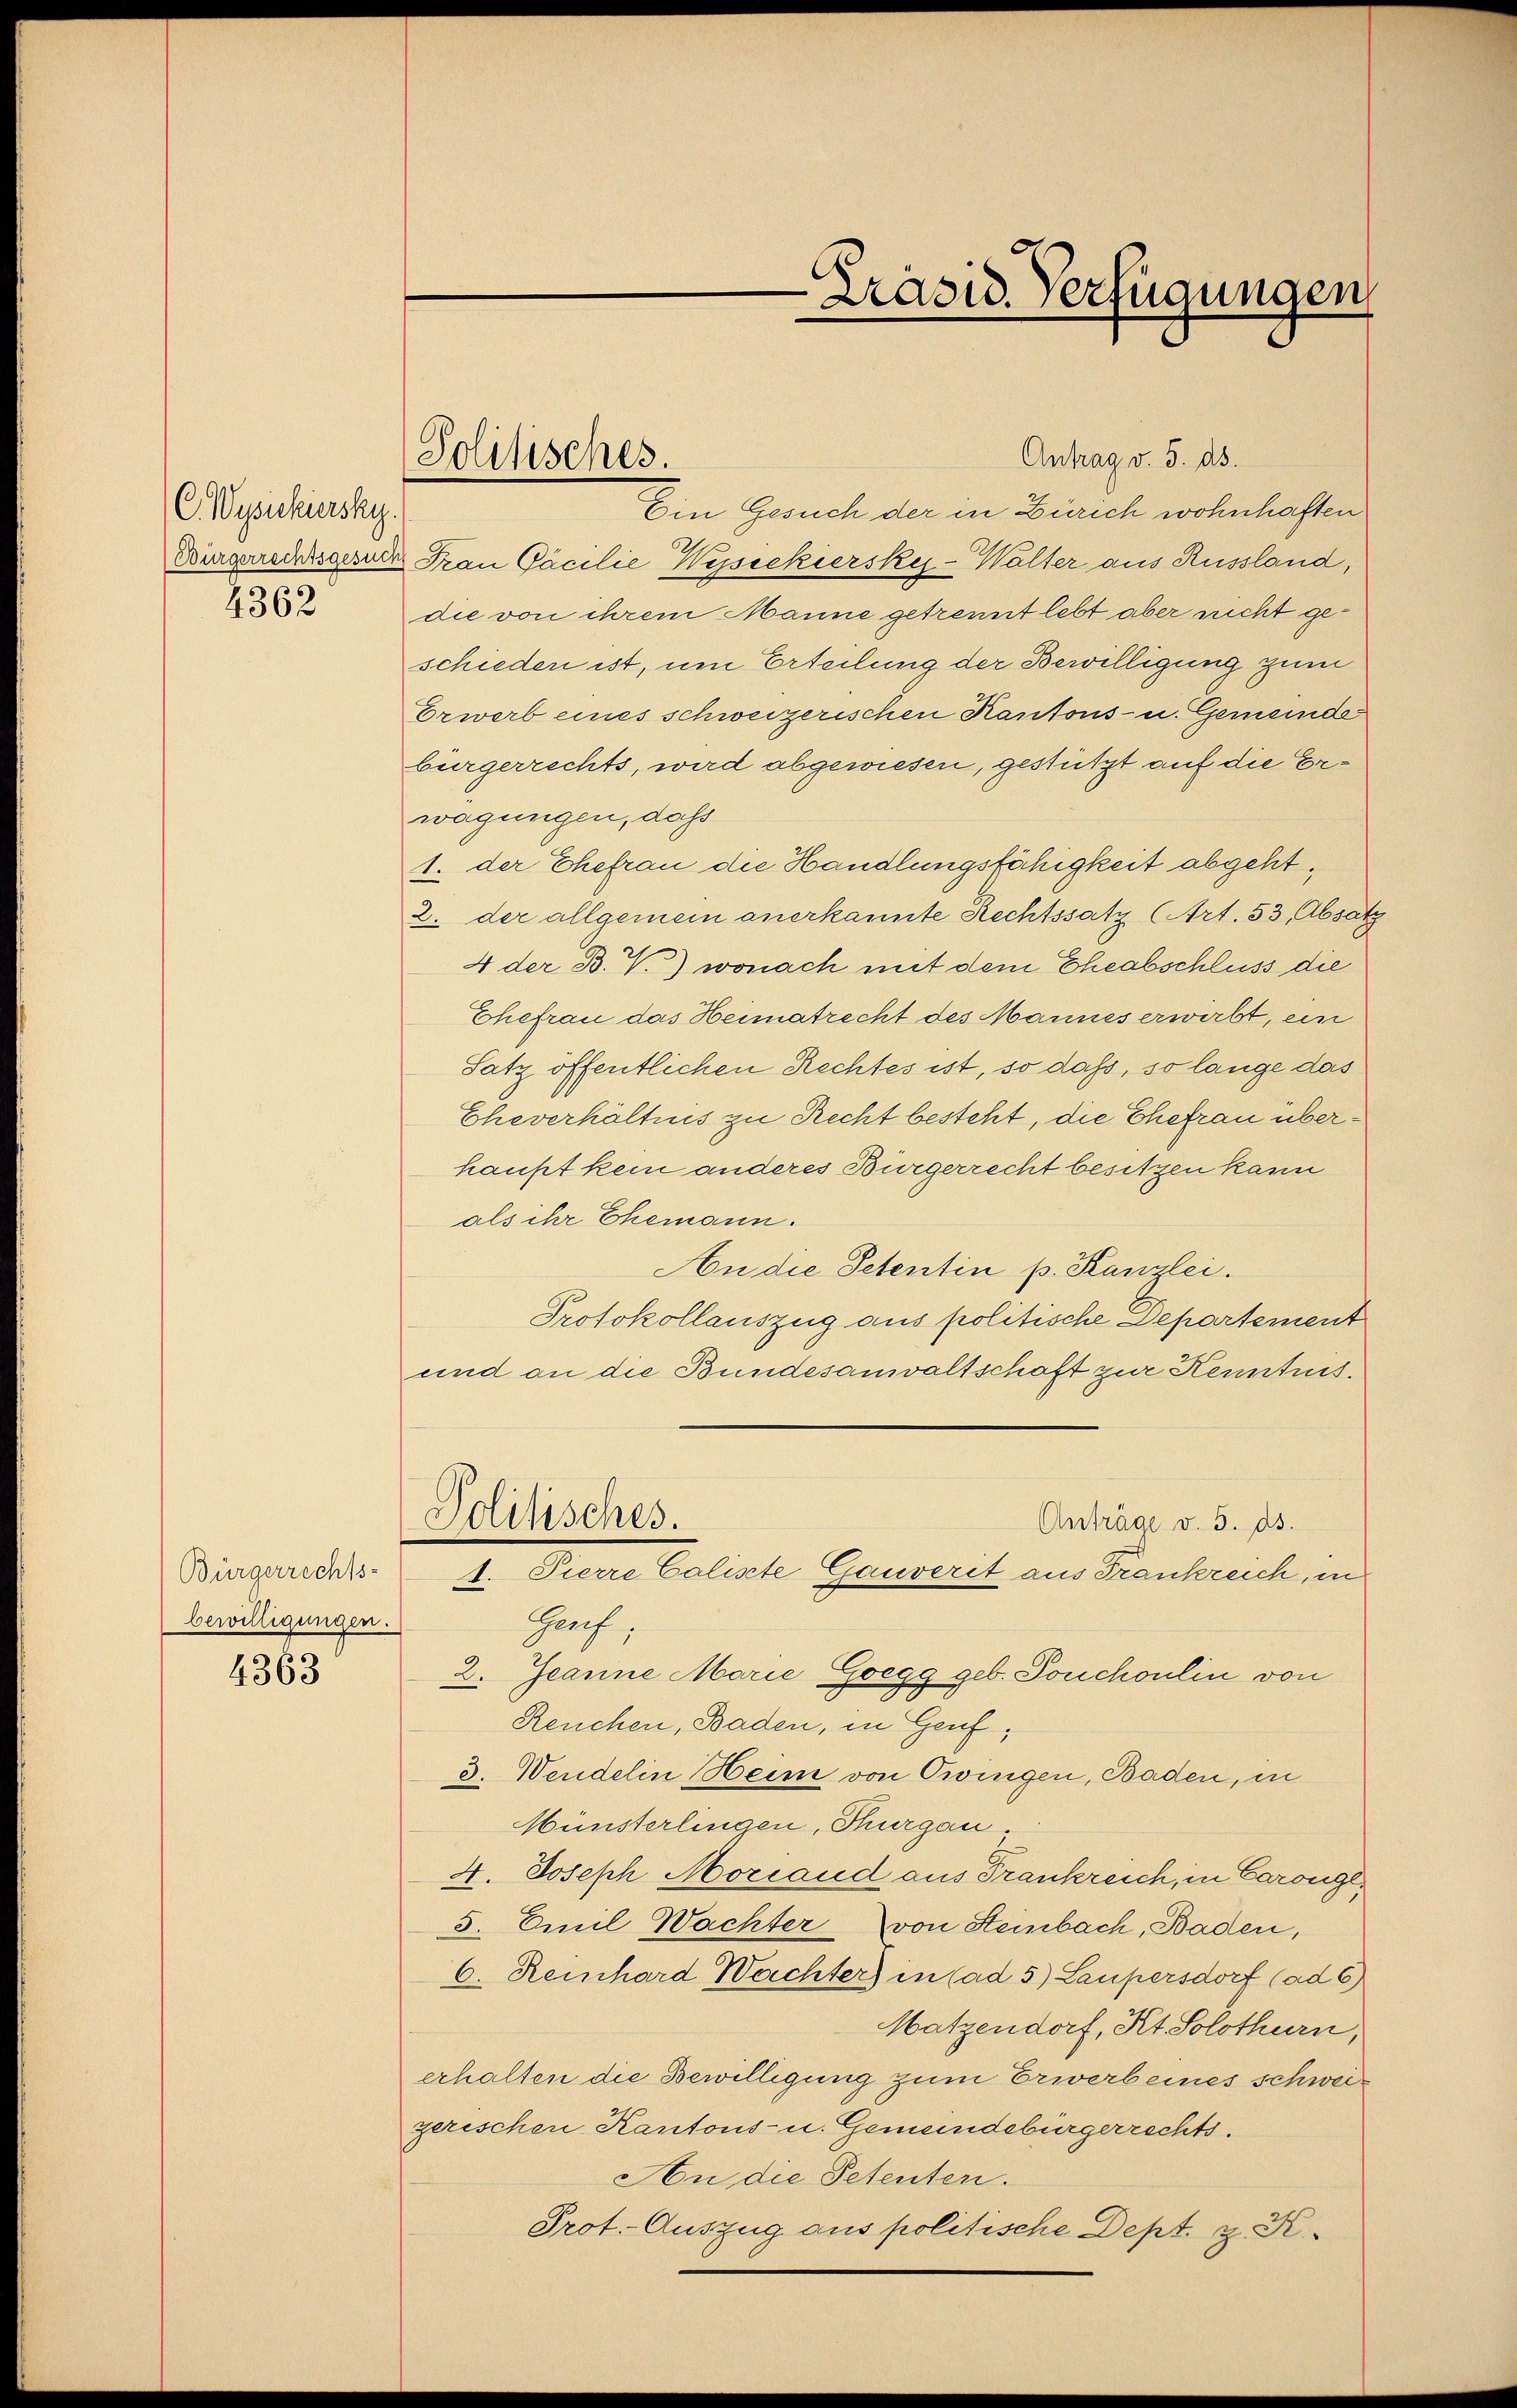
C. Wysschiersky.
2362

Bürgerrechts-
bewilligungen.
4363

Politisches.

Antrag v. 5. ds.
Ein Gesuch der in Zürich wohnhaften
Würgerrechtsgerie Frau Pacilie Wyssckiersku-Walter aus Russland,
die von ihrem Manne getrennt lebt aber nicht geschieden ist, um Erteilung der Bewilligung zum
Erwerb eines schweizerischen Kantons- u. Gemeinde
bürgerrechts, wird abgewiesen, gestützt auf die Erwagungen, daß
1. der Ehefrau die Handlungsfähigkeit abgeht,
2. der allgemein anerkannte Rechtssatz (Art. 53, Absatz
4 der B. V.) wonach mit dem Eheabschluss die
Ehefrau das Heimatrecht des Mannes erwirbt, ein
Satz öffentlichen Rechtes ist, so daß, so lange das
Eheverhältnis zu Recht besteht, die Ehefrau überhaupt kein anderes Bürgerrecht besitzen kann
als ihr Ehemann.
An die Petentin p. Kanzlei.
Protokollauszug aus politische Departement
und an die Bundesanwaltschaft zur Kenntnis.
Politisches.
Anträge v. 5. ds.
1. Pierre Caliste Gauverit aus Frankreich, in
Gauf;
2. Jeanne Marie Goegg geb. Touchoulin von
Reuchen, Baden, in Genf,
3. Wendelin Heim von Owingen, Baden, in
Münsterlingen, Thurgau
4. Joseph Morcand aus Frankreich, in Carongl¬
5. Emil Wachter von Steinbach, Baden,
6. Reinhard Wachter) in Cad 5) Laupersdorf (ad 6)
Matzendorf, Kt. Solothurn,
erhalten die Bewilligung zum Erwerbeines schweigerischen Kantons- u. Gemeindebürgerrechts.
An die Petenten.
Prot. Auszug aus politische Dept. z. K.

Präsid. Verfügungen